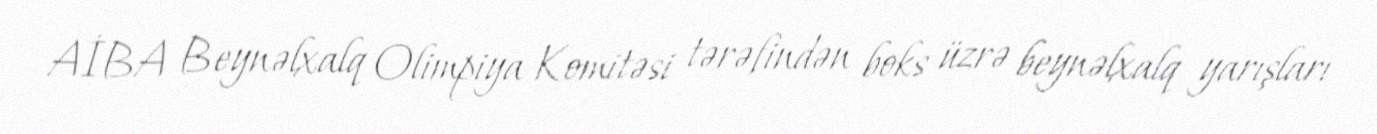
AİBA Beynəlxalq Olimpiya Komitəsi tərəfindən boks üzrə beynəlxalq yarışları